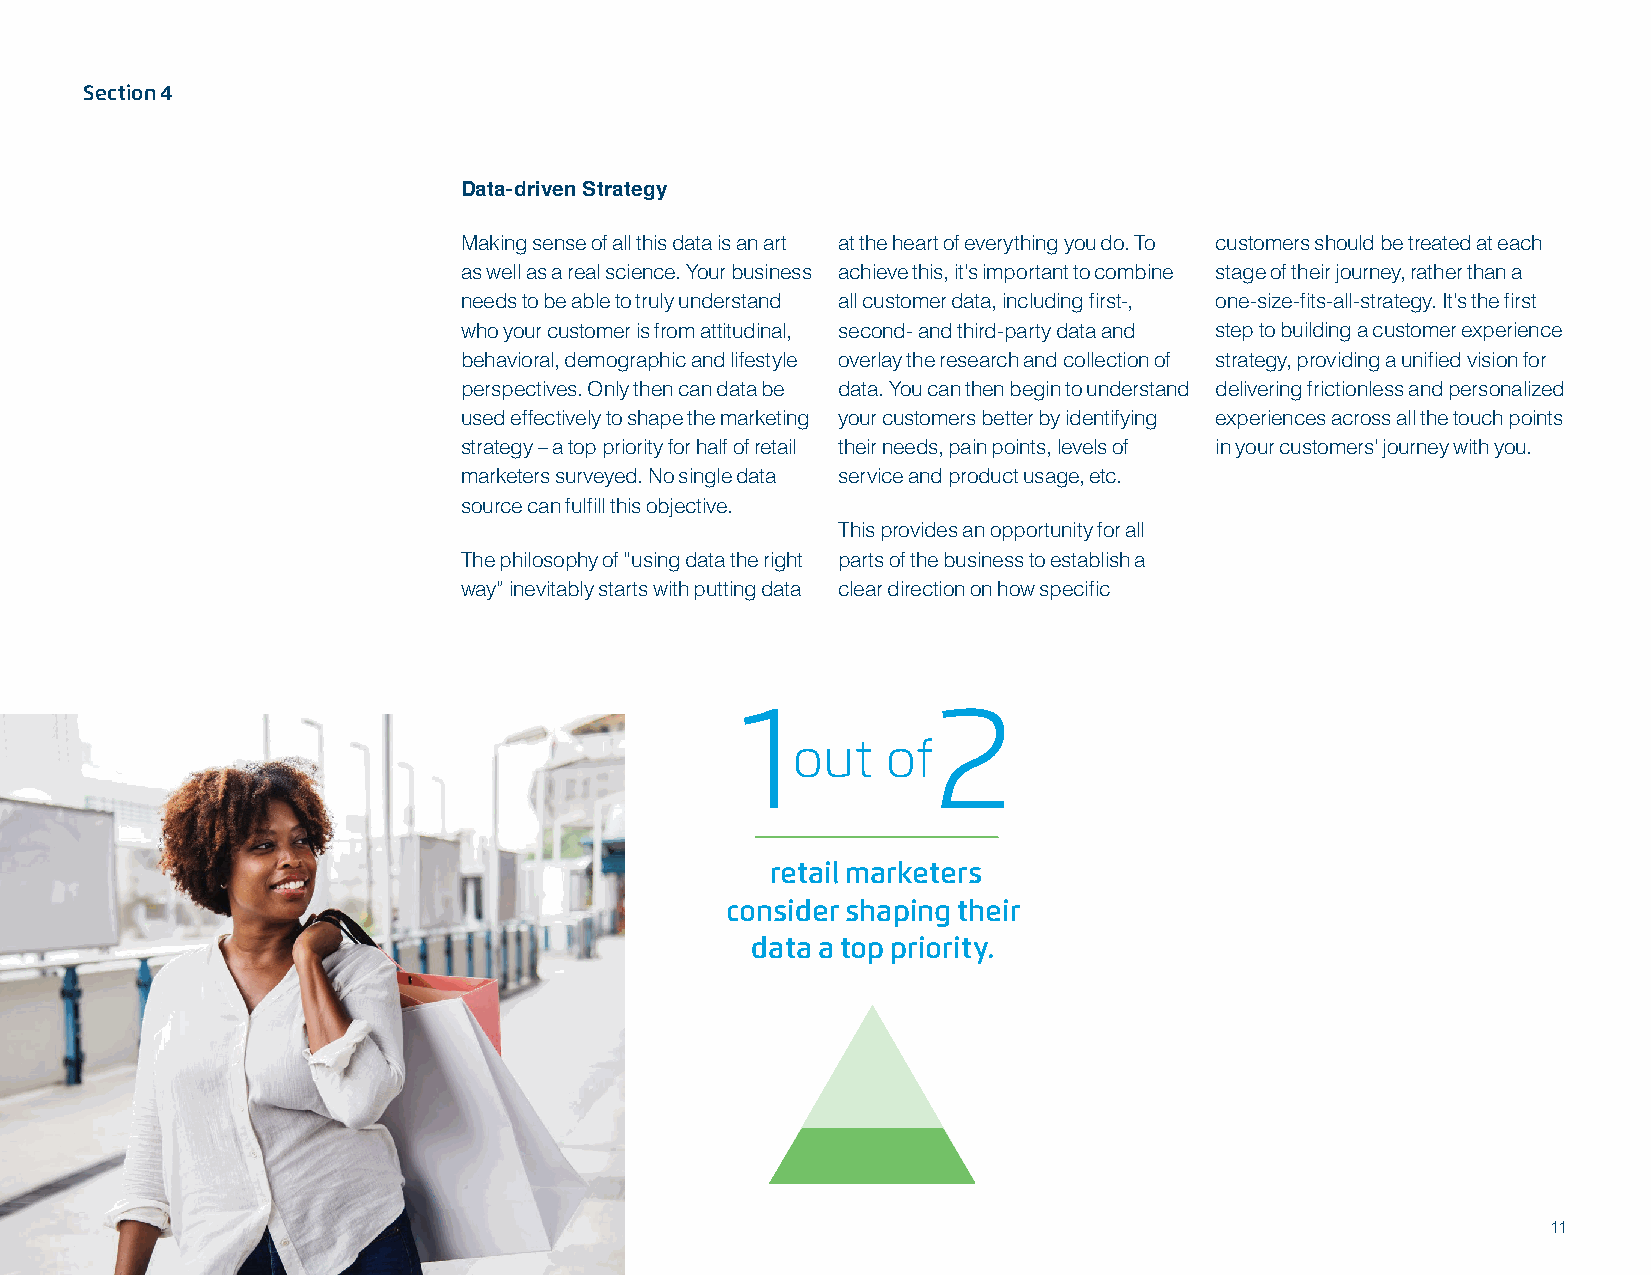
Section 4
 Data-driven Strategy
 Making sense of all this data is an art at the heart of everything you do. To customers should be treated at each
 as well as a real science. Your business achieve this, it’s important to combine stage of their journey, rather than a
 needs to be able to truly understand all customer data, including first-, one-size-fits-all-strategy. It’s the first
 who your customer is from attitudinal, second- and third-party data and step to building a customer experience
 behavioral, demographic and lifestyle overlay the research and collection of strategy, providing a unified vision for
 perspectives. Only then can data be data. You can then begin to understand delivering frictionless and personalized
 used effectively to shape the marketing your customers better by identifying experiences across all the touch points
 strategy – a top priority for half of retail their needs, pain points, levels of in your customers’ journey with you.
 marketers surveyed. No single data service and product usage, etc.
 source can fulfill this objective.
 This provides an opportunity for all
 The philosophy of “using data the right parts of the business to establish a
 way” inevitably starts with putting data clear direction on how specific
 1            2
 out    of
 retail marketers
 consider shaping their
 data a top priority.
 11